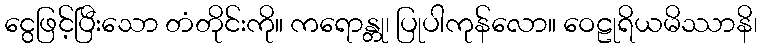
ငွေဖြင့်ပြီးသော တံတိုင်းကို။ ကရောန္တု၊ ပြုပါကုန်လော။ ဝေဠုရိယမိဿာနိ၊